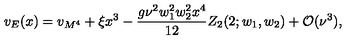
v _ { E } ( x ) = v _ { M ^ { 4 } } + \xi x ^ { 3 } - \frac { g \nu ^ { 2 } w _ { 1 } ^ { 2 } w _ { 2 } ^ { 2 } x ^ { 4 } } { 1 2 } Z _ { 2 } ( 2 ; w _ { 1 } , w _ { 2 } ) + { \cal O } ( \nu ^ { 3 } ) ,